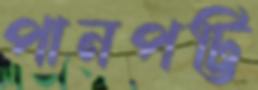
পানপট্টি